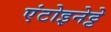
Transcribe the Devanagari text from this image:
एंटोइनेट्टे